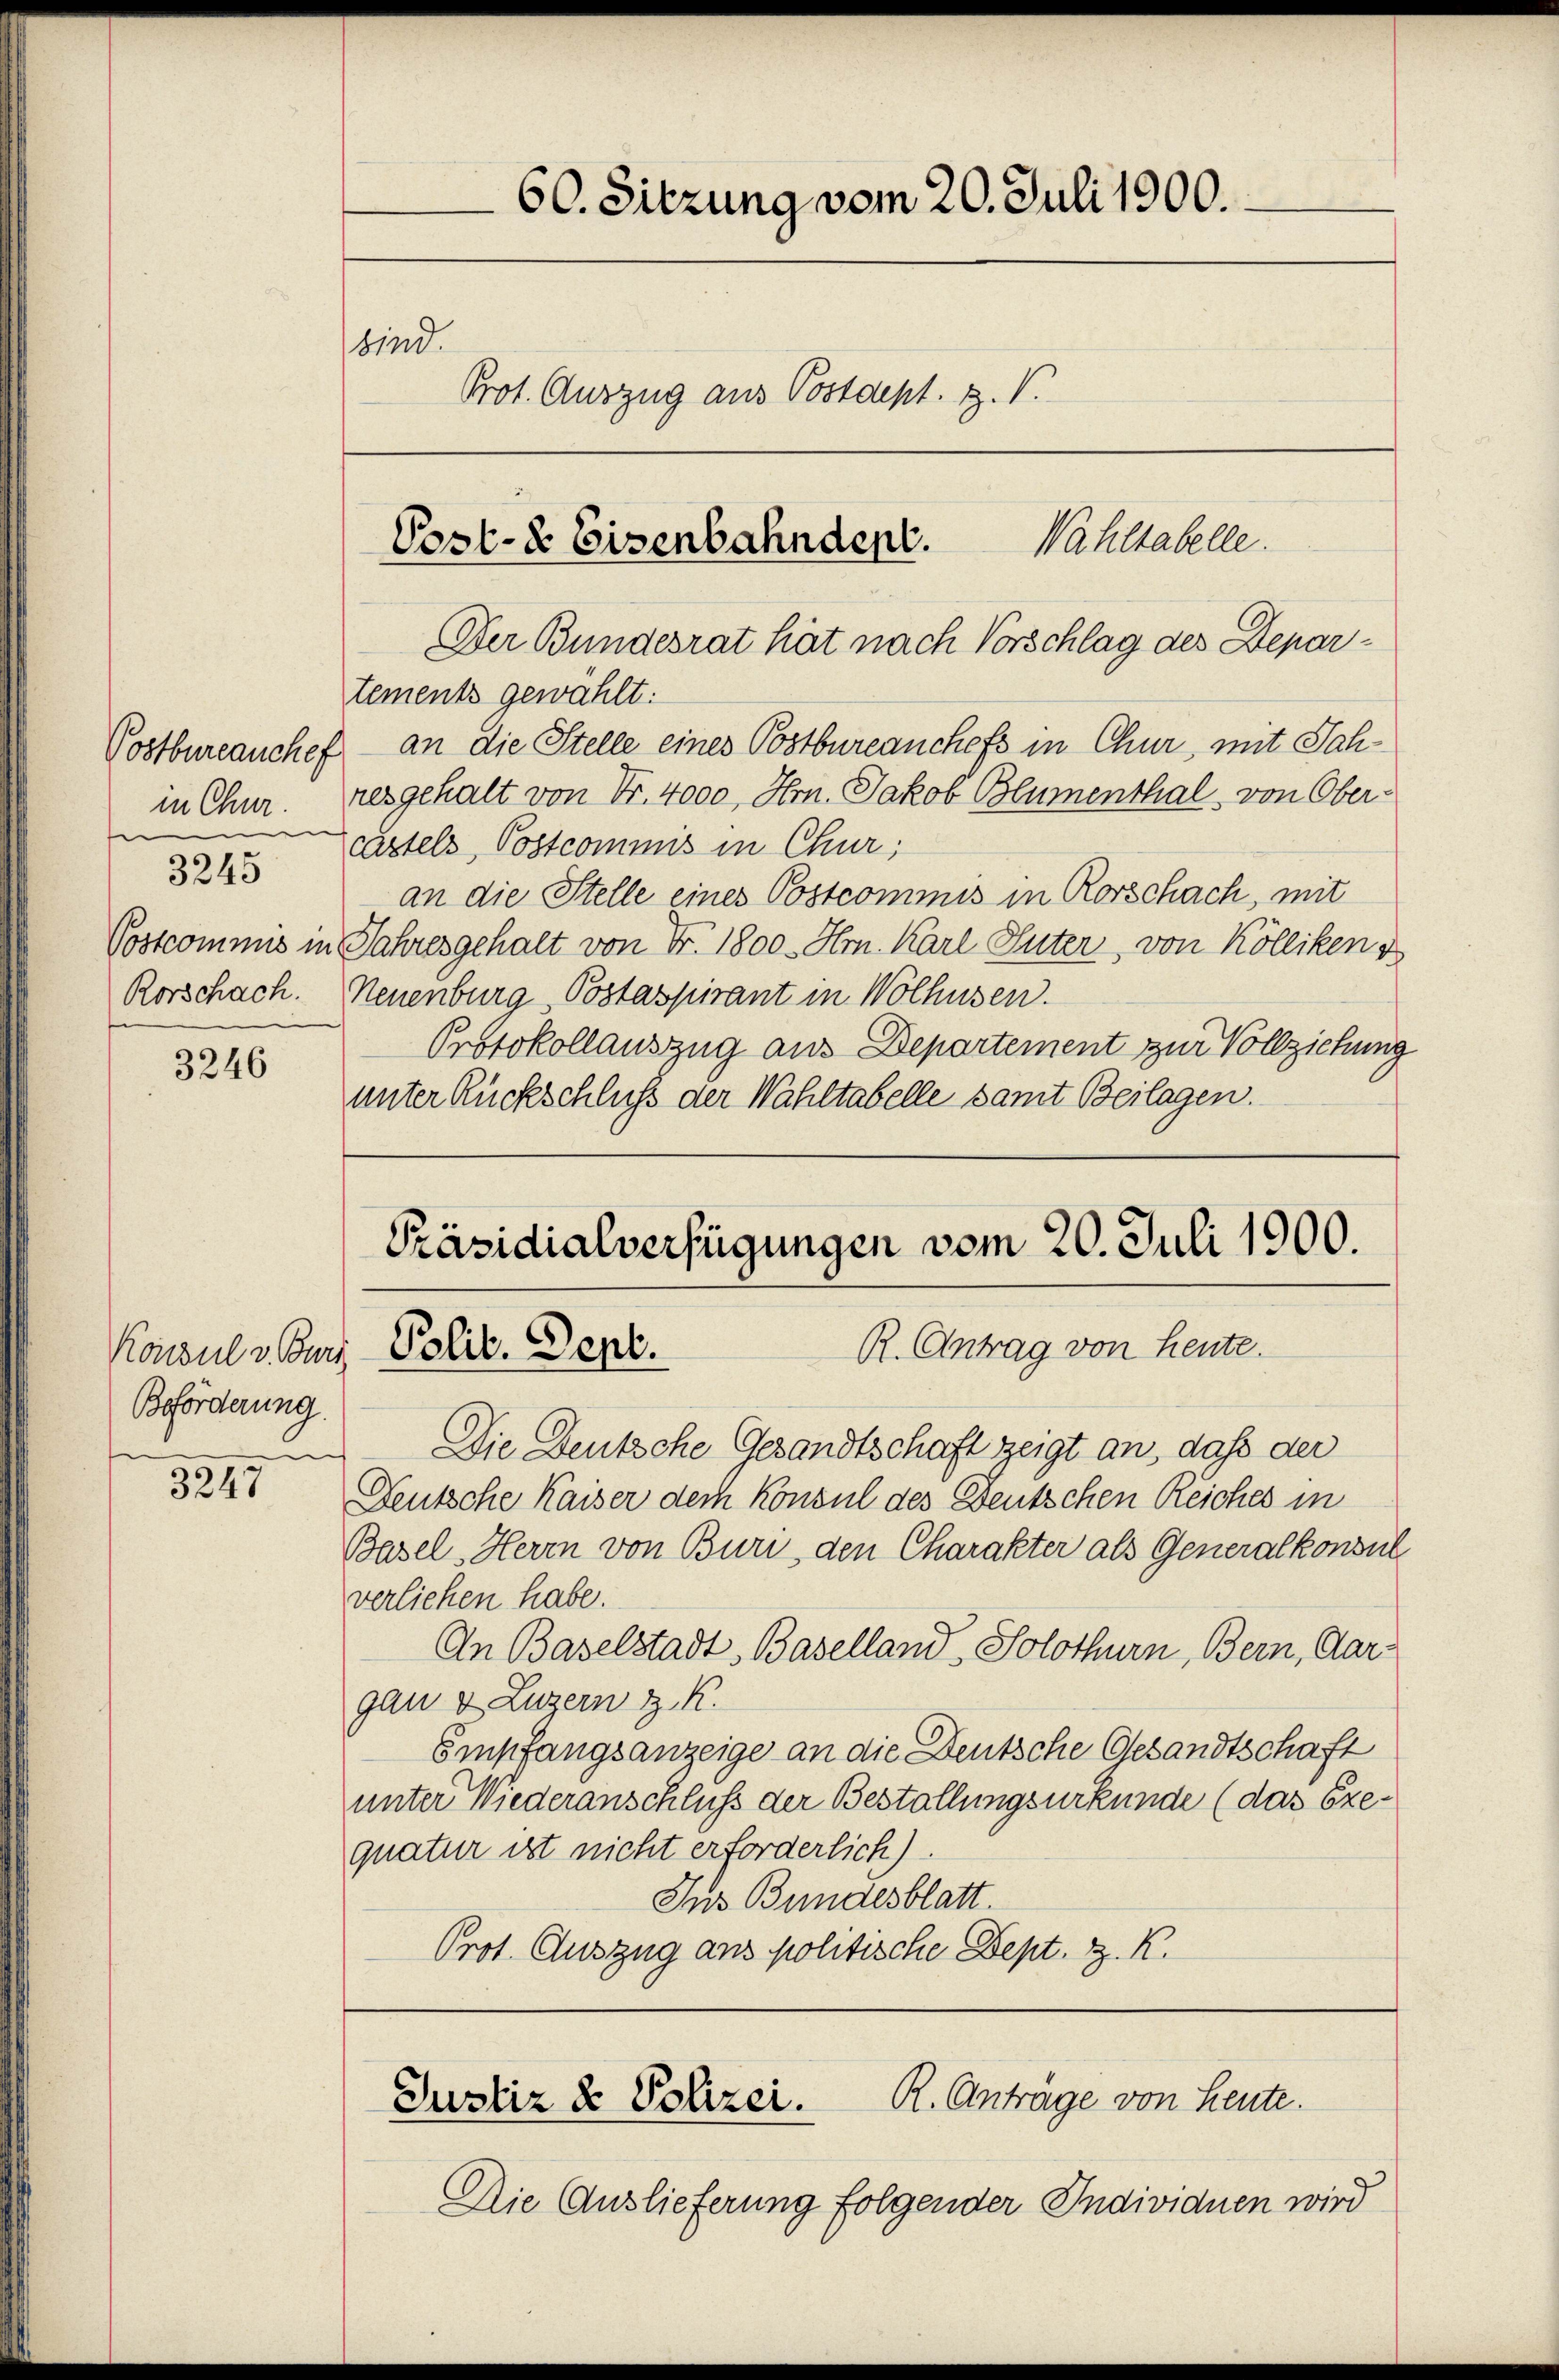
in Chur.
e
3245
Postcommis in
Rorschach.

3246

Beförderung.

3247

60. Sitzung vom 20. Juli 1900.
sind.
Prot. Auszug aus Postdept. Z. V.
Wahltabelle.
Post- & Eisenbahndent.

tements gewählt:
Postbureauchef – an die Stelle eines Postbureanchefs in Chur, mit Schresgehalt von Fr. 4000, Hrn. Jakob Blumenthal, von Ober-
cartels, Postcommis in Chur,
an die Stelle eines Postcommis in Rorschach, mit
Jahresgehalt von Fr. 1800. Hrn. Karl Guter, von Kölliken v
Neuenburg Postaspirant in Wolhusen.
Protokollauszug aus Departement zur Vollziehung
unter Rückschluß der Wahltabelle samt Beilagen.

Der Bundesrat hat nach Vorschlag des Depar¬

Präsidialverfügungen vom 20. Juli 1900.
R. Antrag von heute.
Konsul v. Curs Polit. Sept.

Die Deutsche Gesandtschaft zeigt an, daß der
Deutsche Kaiser der Konsul des Deutschen Reiches in
Basel, Herrn von Buri den Charakter als Generalkonsul
verliehen habe.
An Baselstadt, Baselland Solothurn, Bern, Aargan u Luzern z. K.
Empfangsanzeige an die Deutsche Gesandtschaft
unter Wiederanschluß der Bestallungsurkunde (das Exequatur ist nicht erforderlich)
Jus Bundesblatt.
Prot. Auszug aus politische Dept. Z. K.

Justiz & Polizei. R. Anträge von Leute.

Die Auslieferung folgender Individuen wird